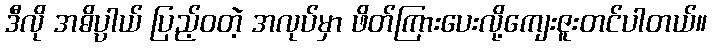
ဒီလို အဓိပ္ပါယ် ပြည့်ဝတဲ့ အလုပ်မှာ ဖိတ်ကြားပေးလို့ကျေးဇူးတင်ပါတယ်။